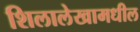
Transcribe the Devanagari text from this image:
शिलालेखामधील